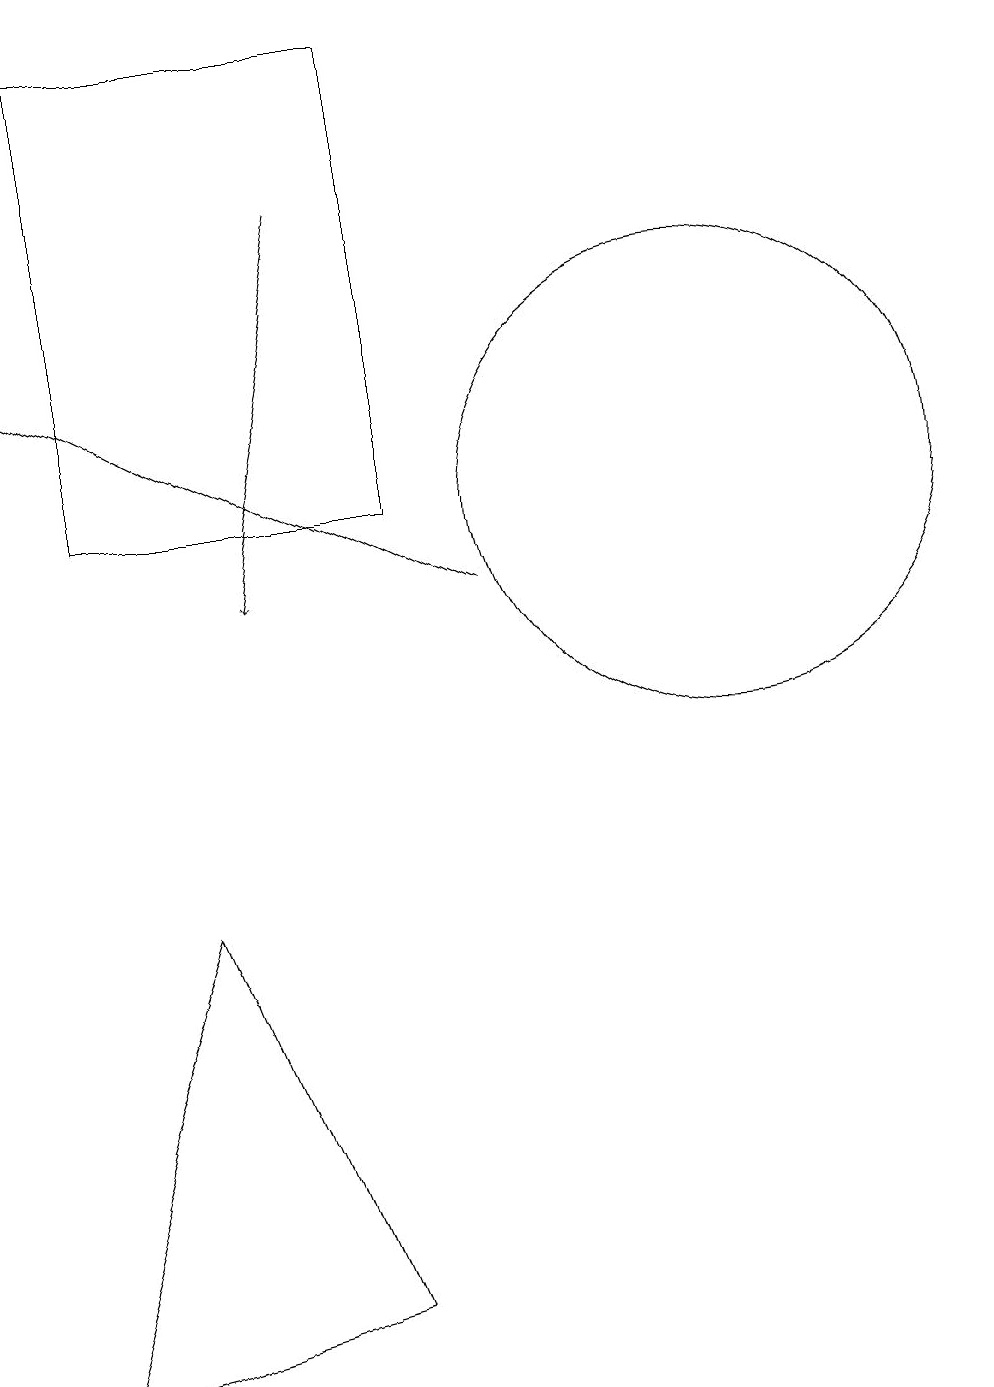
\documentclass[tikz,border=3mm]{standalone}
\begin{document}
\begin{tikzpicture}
\draw (10,11) circle (3);
\draw (11,10) circle (0);
\draw[->] (5,15) -- (4,10);
\draw[->] (7,10) -- (1,13);
\draw (5,1) -- (1,0) -- (3,6) -- cycle;
\draw (6,11) rectangle (2,17);
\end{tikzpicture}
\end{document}